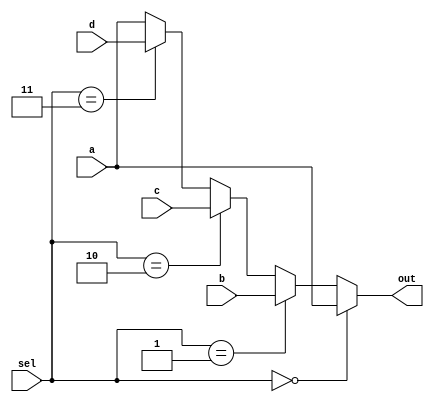
`timescale 1ns / 1ps

module mux4 (
    input [31:0] a,b,c, d,
    input [1:0] sel,
    output reg [31:0] out
);
    always @(*) begin
       if (sel == 0) out = a;
       else if (sel == 1) out = b;
       else if (sel == 2) out = c;
       else if (sel == 3) out = d;
       else out = a;
    end
    
endmodule